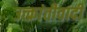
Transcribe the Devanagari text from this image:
उत्क्रांतीवादी